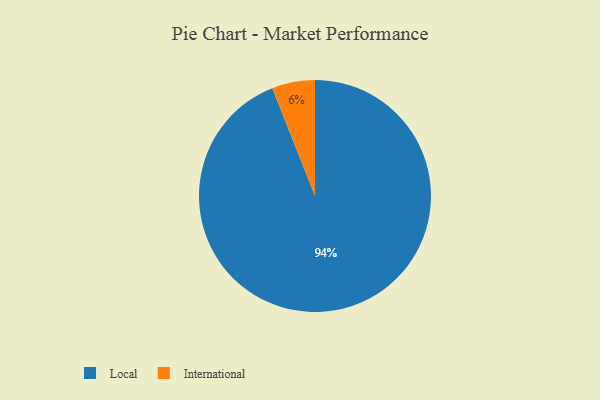
{"axis": {"x": "Category", "y": "Percentage"}, "legend": ["International", "Local"], "data": [{"x": "Local", "y": 94, "type": "Local"}, {"x": "International", "y": 6, "type": "International"}]}